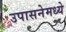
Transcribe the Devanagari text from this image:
उपासनेमध्ये